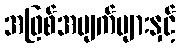
အဖြစ်အပျက်များနှင့်